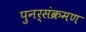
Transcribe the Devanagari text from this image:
पुनर्संक्रमण